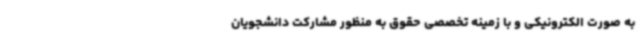
به صورت الکترونیکی و با زمینه تخصصی حقوق به منظور مشارکت دانشجویان